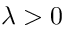
\lambda > 0